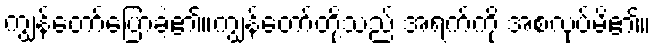
ကျွန်တော်ပြောခဲ့၏။ကျွန်တော်တို့သည် အရက်ကို အစလုပ်မိ၏။